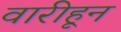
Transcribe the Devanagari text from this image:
वारीहून